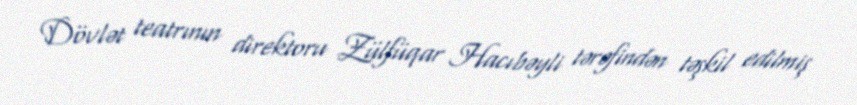
Dövlət teatrının direktoru Zülfüqar Hacıbəyli tərəfindən təşkil edilmiş